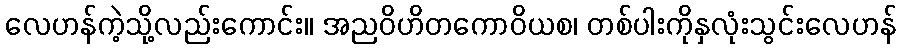
လေဟန်ကဲ့သို့လည်းကောင်း။ အညဝိဟိတကောဝိယစ၊ တစ်ပါးကိုနှလုံးသွင်းလေဟန်